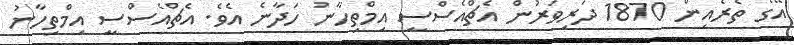
އޭގެ ތެރެއިން 1870 ދަރިވަރުން އެޗްއެސްސީ އިމްތިހާނު ހަދާނެ އެވެ. އެޗްއެސްސީ އިމްތިހާނު